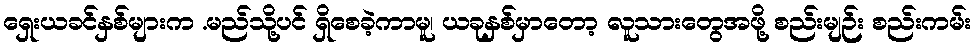
ရှေးယခင်နှစ်များက .မည်သို့ပင် ရှိစေခဲ့ကာမူ၊ ယခုနှစ်မှာတော့ လူသားတွေအဖို့ စည်းမျဉ်း စည်းကမ်း